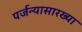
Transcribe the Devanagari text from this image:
पर्जन्यासारख्या